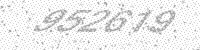
Solution: 952619